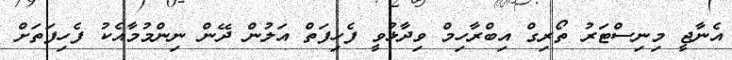
އެނާޖީ މިނިސްޓަރު ތޯރިގް އިބްރާހިމް ވިދާޅުވީ ފެހިފަތް އަލުން ދޭން ނިންމުމާއެކު ފެހިފަތަށް